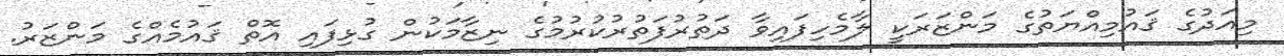
މިއަދުގެ ޤައުމިއްޔަތުގެ މަންޒަރަކީ ލާމެހިފައިވާ ދަތުރުފަތުރުކުރުމުގެ ނިޒާމަކުން ގުޅިފައި އޮތް ޤައުމެއްގެ މަންޒަރު.